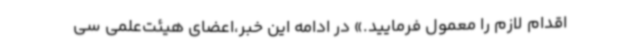
اقدام لازم را معمول فرمایید.» در ادامه این خبر،اعضای هیئت‌علمی سی